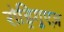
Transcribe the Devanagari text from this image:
रोड्रिगुएज़